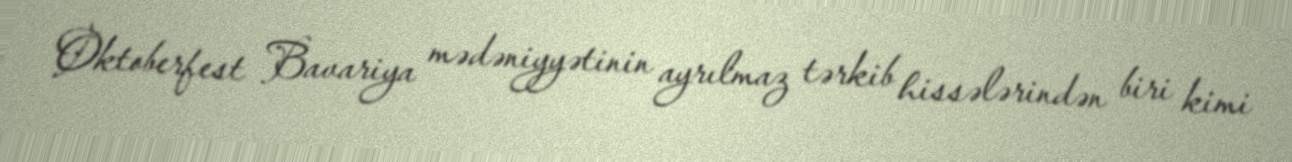
Oktoberfest Bavariya mədəniyyətinin ayrılmaz tərkib hissələrindən biri kimi